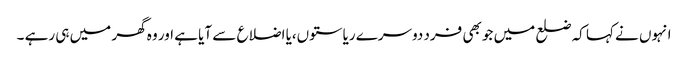
انہوں نے کہا کہ ضلع میں جو بھی فرد دوسرے ریاستوں،یا اضلاع سے آیا ہے اور وہ گھر میں ہی رہے ۔